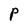
Character: P